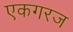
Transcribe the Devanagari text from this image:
एकगरज